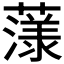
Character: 𮑲